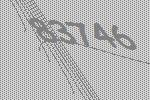
83746